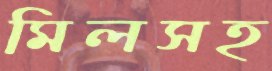
মিলসহ